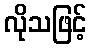
လိုသဖြင့်